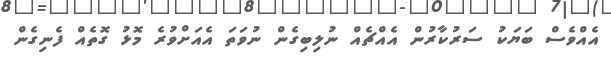
އެއްވެސް ބަޔަކު ސަރުކާރުން އެއްޗެއް ނުލިބިގެން ނުވަތަ އެއަށްވުރެ މޮޅު ގޮތެއް ފެނިގެން